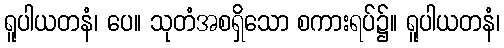
ရူပါယတနံ၊ ပေ။ သုတံအစရှိသော စကားရပ်၌။ ရူပါယတနံ၊